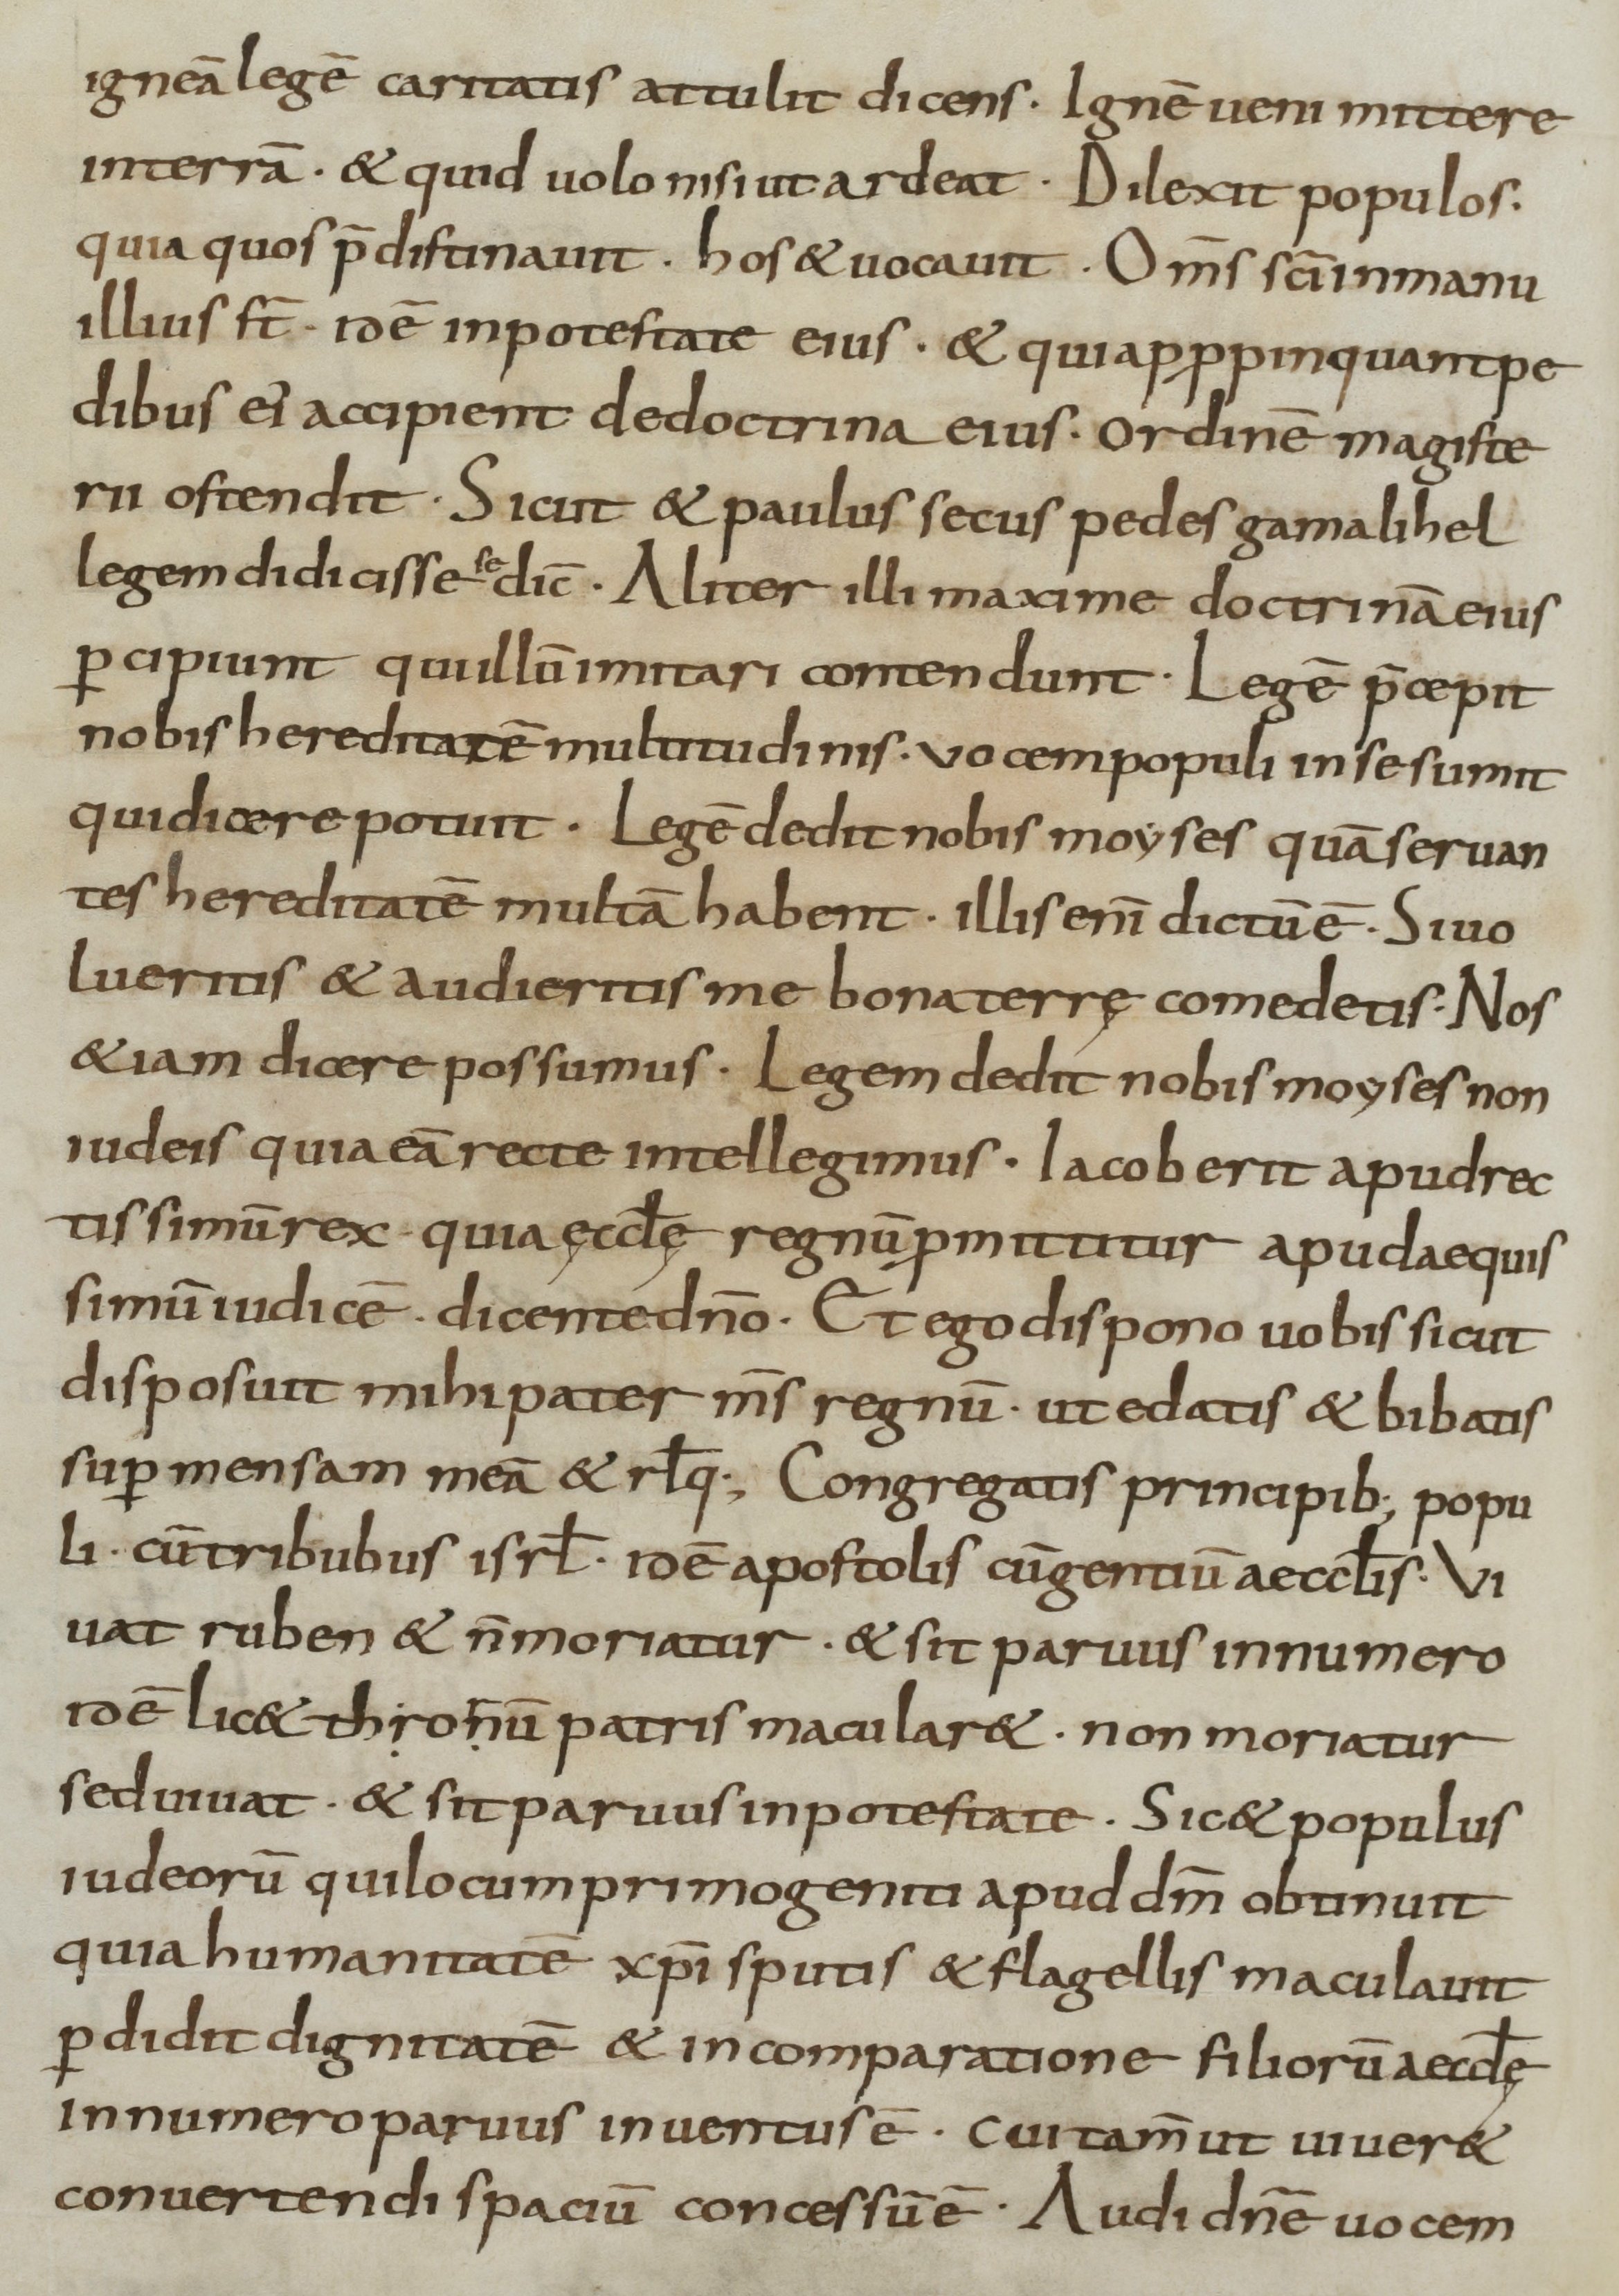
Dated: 800–899